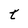
Character: F